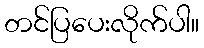
တင်ပြပေးလိုက်ပါ။